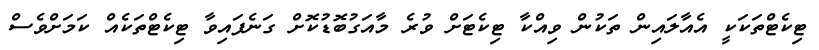
ޓިކެޓްތަކަކީ އެއާލައިން ތަކުން ވިއްކާ ޓިކެޓަށް ވުރެ މާއަގުބޮޑުކޮށް ގަނެފައިވާ ޓިކެޓްތަކެއް ކަމަށްވެސް